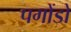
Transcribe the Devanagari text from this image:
पगोंडो